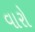
વારો